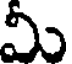
మీ